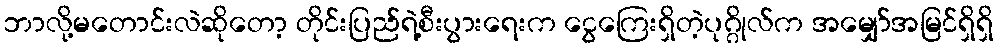
ဘာလို့မတောင်းလဲဆိုတော့ တိုင်းပြည်ရဲ့စီးပွားရေးက ငွေကြေးရှိတဲ့ပုဂ္ဂိုလ်က အမျှော်အမြင်ရှိရှိ